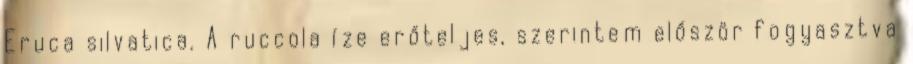
Eruca silvatica. A ruccola íze erőteljes, szerintem először fogyasztva